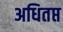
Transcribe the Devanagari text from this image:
अधितप्त